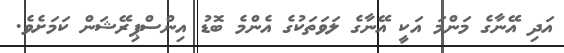
އަދި އޭނާގެ މަންމަ އަކީ އޭނާގެ ލަވަތަކުގެ އެންމެ ބޮޑު އިންސްޕިރޭޝަން ކަމަށެވެ.